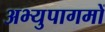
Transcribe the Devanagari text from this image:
अभ्युपागमों